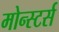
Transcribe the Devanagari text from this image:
मोन्स्टर्स